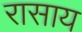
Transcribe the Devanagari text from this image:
रासाय